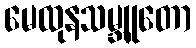
မေထုနသမ္ဘူတော